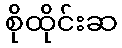
စိုထိုင်းဆ